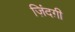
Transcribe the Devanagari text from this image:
ज़िंदग़ी